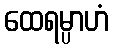
ထေရမ္ပာဟံ